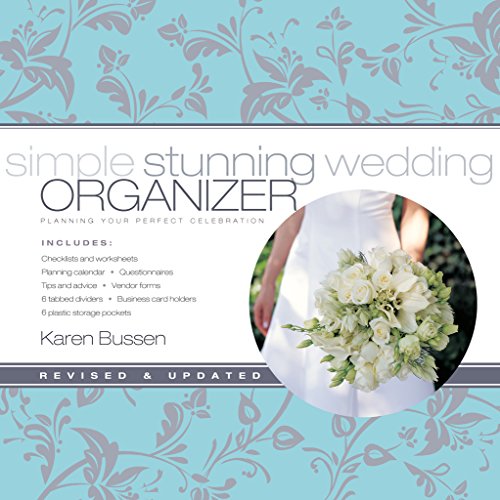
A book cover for Simple Stunning Wedding Organizer: Planning Your Perfect Celebration, Revised Edition; Karen Bussen; Crafts, Hobbies & Home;